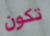
تكون